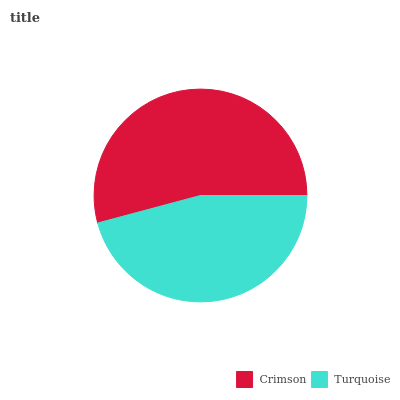
| Crimson | Turquoise |
 | --- | --- |
 | 54.1% | 45.9% |